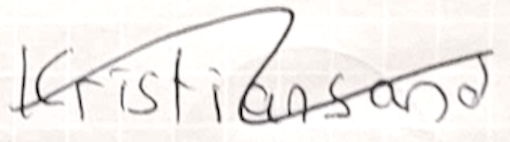
Text: Kristiansand
Cross-out: wave
Writing tool: ballpoint